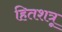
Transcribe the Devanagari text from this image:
हितशत्रू